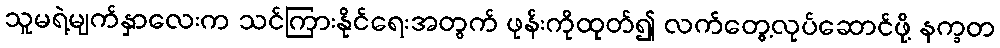
သူမရဲ့မျက်နှာလေးက သင်ကြားနိုင်ရေးအတွက် ဖုန်းကိုထုတ်၍ လက်တွေ့လုပ်ဆောင်ဖို့ နက္ခတ